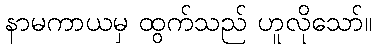
နာမကာယမှ ထွက်သည် ဟူလိုသော်။